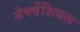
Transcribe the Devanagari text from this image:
सेक्वेंशियल